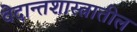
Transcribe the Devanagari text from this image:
वेदान्तशास्त्रातील